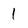
Character: 1